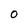
Character: O